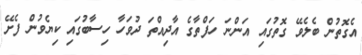
އެގޮތުން ބެލެވޭ ގޮތުގައި އަންނަ ހަފްތާގެ އާދިއްތަ ދުވަހާ ހިސާބުގައި ކިޔެވުން ފެށޭ